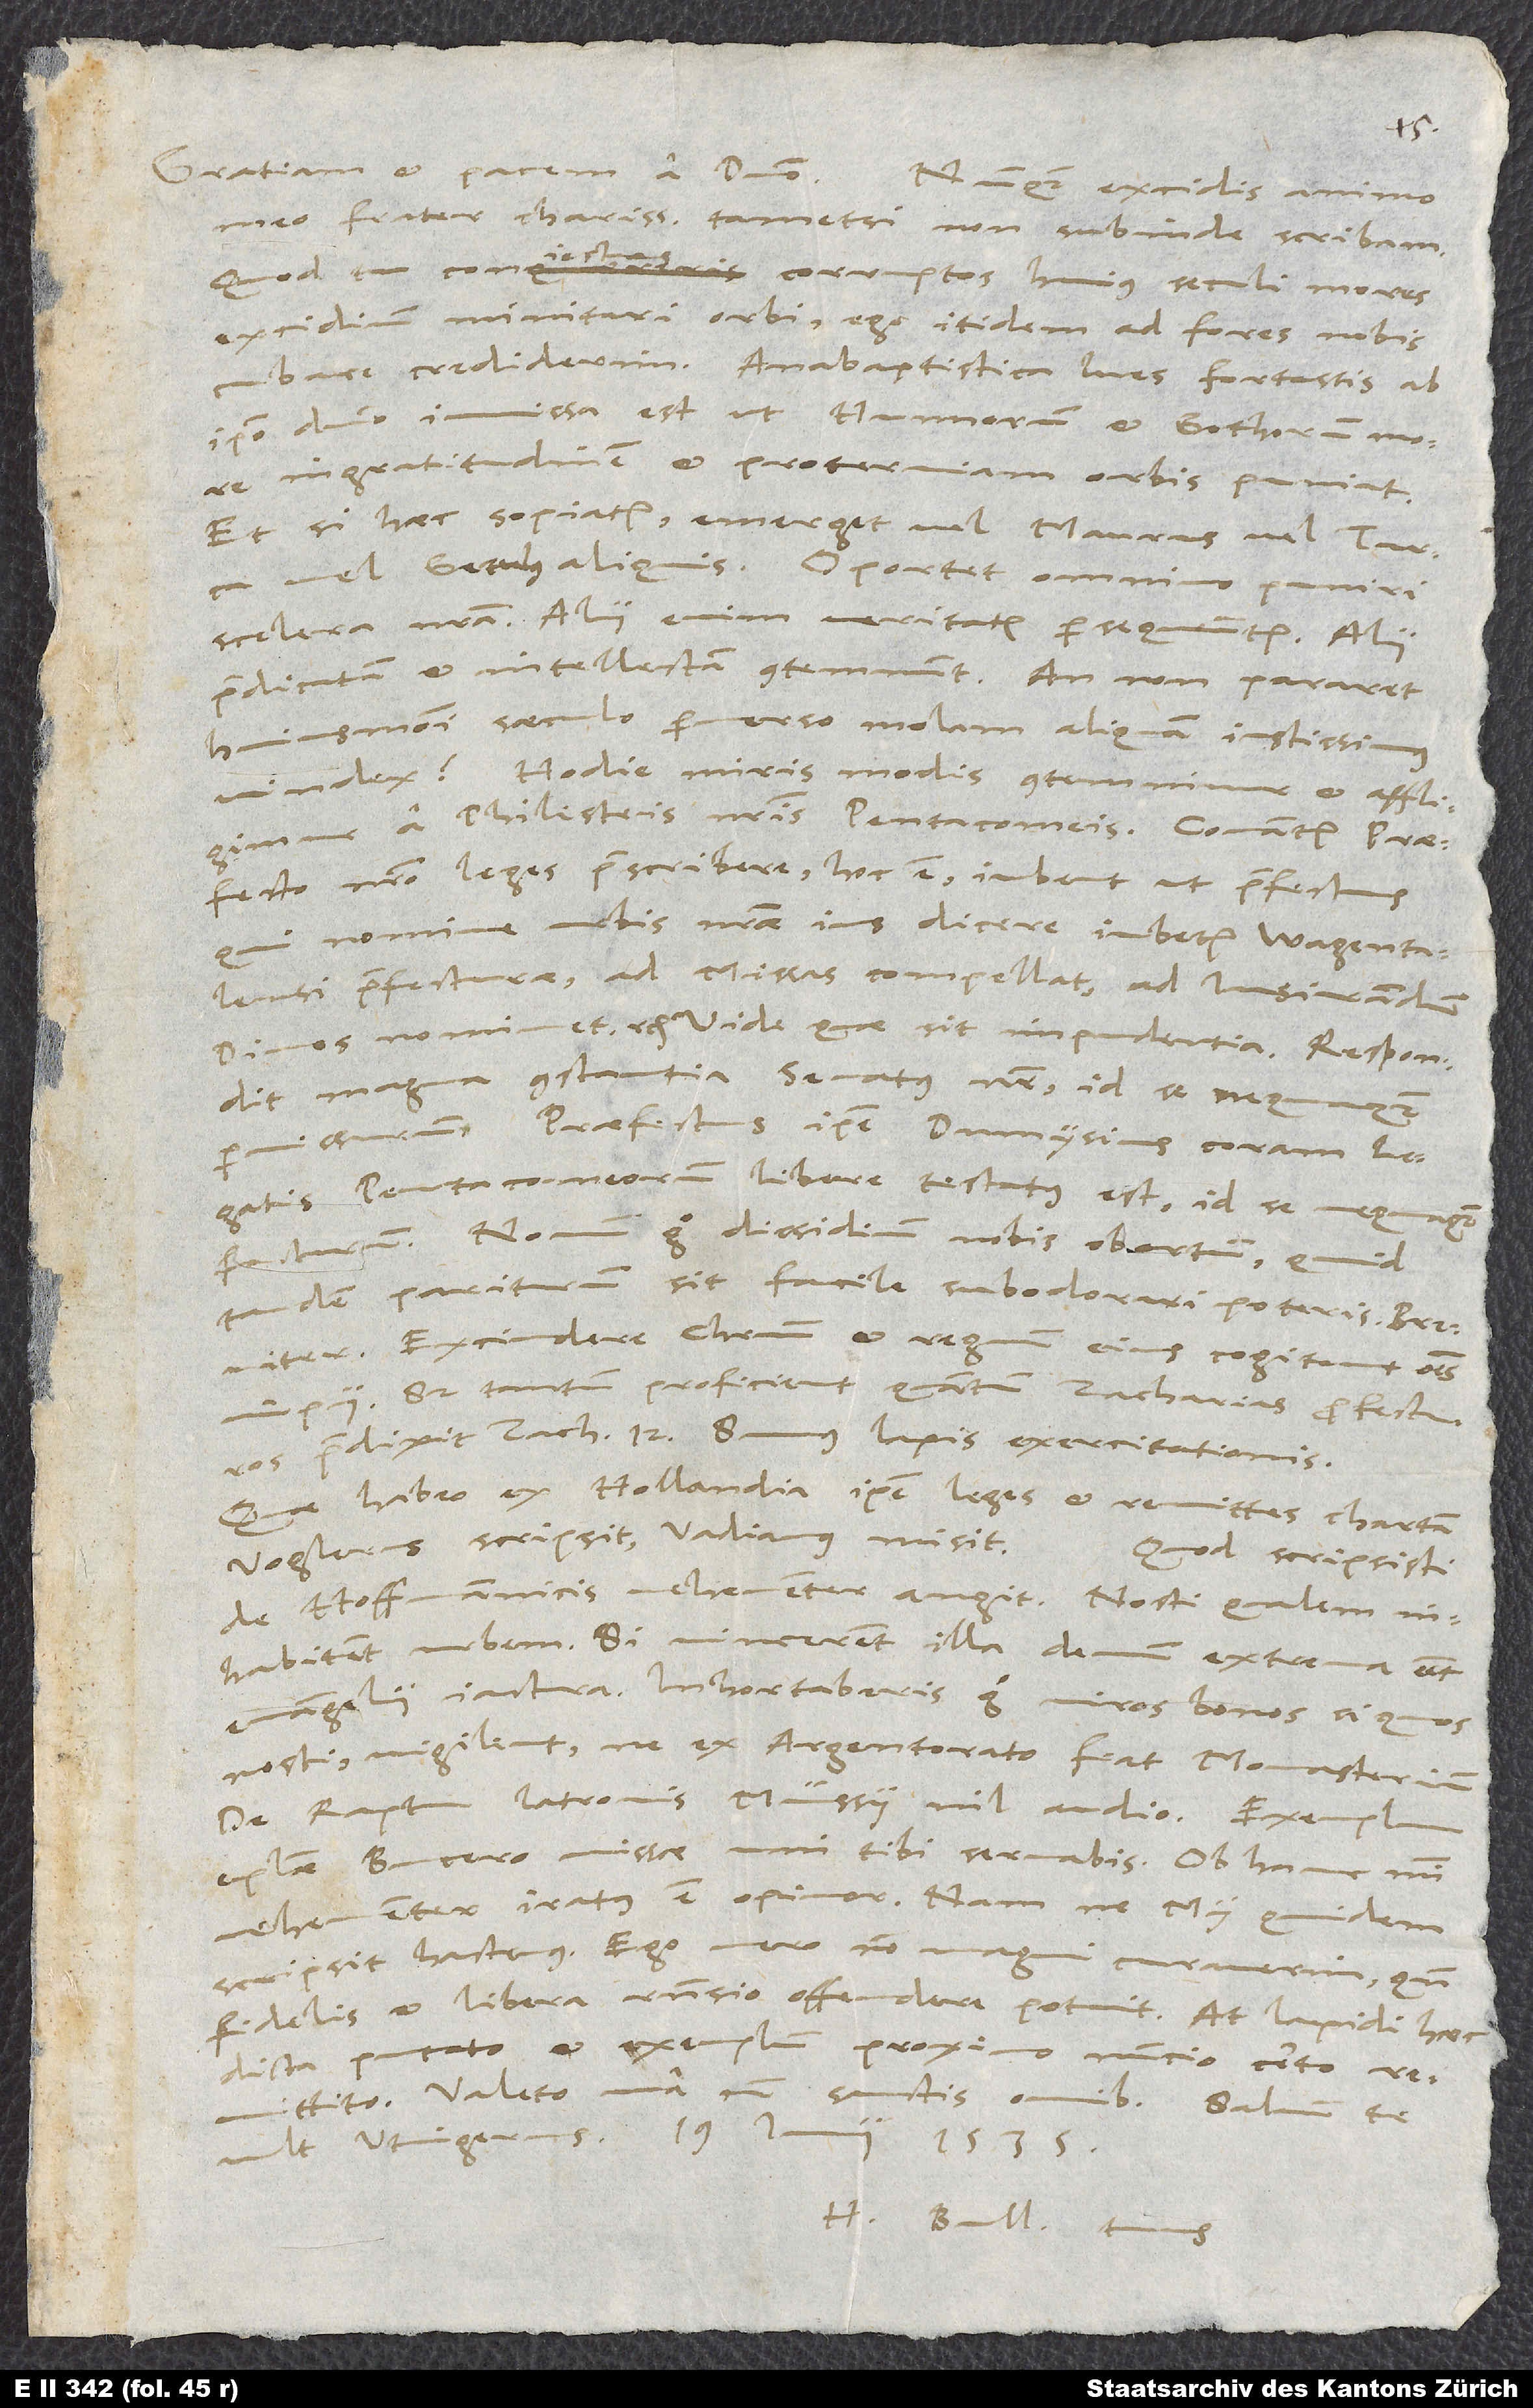
Gratiam et pacem a domino.
Nunquam excidis animo
meo, frater charissime, tametsi non subinde scribam.
Quod tu coniectas, corruptos huius seculi mores
excidium minitari orbi, ego itidem ad fores nobis
cubare crediderim. Anabaptistica lues fortassis ab
ipso domino immissa est, ut Hunnorum et Gothorum more
ingratitudinem et proterviam orbis puniat.
Et si haec sopiatur, emerget vel Maurus vel Turca
vel Getulus aliquis. Oportet omnino puniri
scelera nostra. Alii enim veritatem persequuntur, alii
praedicatam et intellectam contemnunt. An non pararet
huiusmodi saeculo perverso molam aliquam iustissimus
Hodie miris modis contemnimur et affligimur
a Philisteis nostris Pentacomeis. Conantur praefecto
nostro leges praescribere, hoc est, iubent, ut praefectus,
qui nomine urbis nostrae ius dicere iubetur Wagentalensi
praefecturae, ad missas compellat, ad iusiurandum
divos nominet etc. Vide, quae sit impudentia! Respondit
magna constantia senatus noster id se nequaquam
permissurum. Praefectus ipse Dumysius coram legatis
Pentacomeorum libere testatus est id se nequaquam
facturum. Novum ergo dissidium nobis obortum. Quid
tandem pariturum sit, facile subodorare poteris. Breviter:
Excindere Christum et regnum eius cogitant omnes
impii. Sed tantum proficient, quantum Zacharias profecturos
praedixit Zach. 12. Sumus lapis exercitationis.
Quae habeo ex Hollandia, ipse leges et remittes chartam.
Voglerus scripsit, Vadianus misit.
Quod scripsisti
de Hoffmannicis, vehementer angit. Nosti, qualem
inhabitent urbem. Si vincerent, illa demum extrema esset
evangelii iactura. Inhortaberis ergo viros bonos, si quos
nosti, vigilent, ne ex Argentorato fiat Monasterium.
De raptu latronis Müssii nil audio.
epistolae Bucero missae uni tibi servabis. Ob hanc mihi
vehementer iratus est, opinor; nam ne my quidem
scripsit hactenus. Ego vero non magni curaverim, quando
fidelis et libera responsio offendere potuit. At lapidi haec
dicta putato et exemplum proximo nuncio certo
Valeto una cum sanctis omnibus. Salvum te
H. Bull tuus.